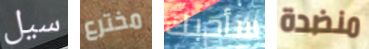
سيل مخترع سأحبك منضدة